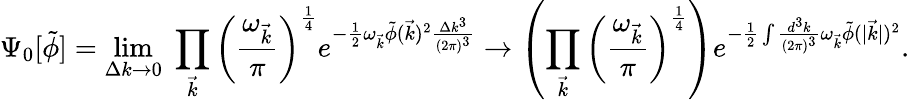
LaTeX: \Psi_{0}[{\tilde{\phi}}]=\operatorname*{lim}_{\Delta k\to 0}\; \prod_{\vec{k}}\left({\frac{\omega_{\vec{k}}}{\pi}}\right)^{\frac{1}{4}}e^{-{\frac{1}{2}}\omega_{\vec{k}}{\tilde{\phi}}({\vec{k}})^{2}{\frac{\Delta k^{3}}{(2\pi)^{3}}}}\to\left(\prod_{\vec{k}}\left({\frac{\omega_{\vec{k}}}{\pi}}\right)^{\frac{1}{4}}\right)e^{-{\frac{1}{2}}\int{\frac{d^{3}k}{(2\pi)^{3}}}\omega_{\vec{k}}{\tilde{\phi}}(|{\vec{k}}|)^{2}}.